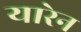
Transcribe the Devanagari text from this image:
यारेन